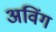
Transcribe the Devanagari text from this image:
अविंग